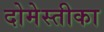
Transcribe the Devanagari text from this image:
दोमेस्तीका